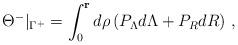
LaTeX: \begin{align*}\Theta^-\vert_{\Gamma^+} = \int_0^{\mathbf r} d\rho\,(P_\Lambda d\Lambda + P_R dR)\ ,\end{align*}